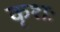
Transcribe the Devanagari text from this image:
कृशः